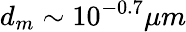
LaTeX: d_{m}\sim 10^{-0.7}\mu m